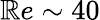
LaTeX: \mathbb{R}e\sim40